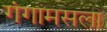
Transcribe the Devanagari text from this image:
गंगामसला